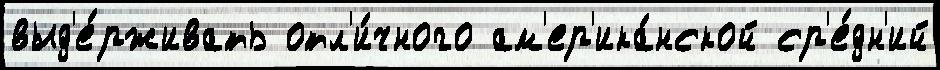
выд'е́рживать отл'и́чного ам'ер'ика́нской ср'е́дн'ий